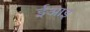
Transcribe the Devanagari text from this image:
ईआइ